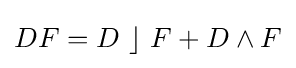
DF=D~\rfloor ~F+D\wedge F